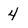
Character: 4